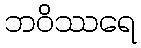
ဘဝိဿရေ